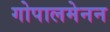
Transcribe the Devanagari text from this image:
गोपालमेनन